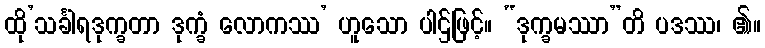
ထို’သင်္ခါရဒုက္ခတာ ဒုက္ခံ လောကဿ’ ဟူသော ပါဌ်ဖြင့်။ “ဒုက္ခမဿာ”တိ ပဒဿ၊ ၏။